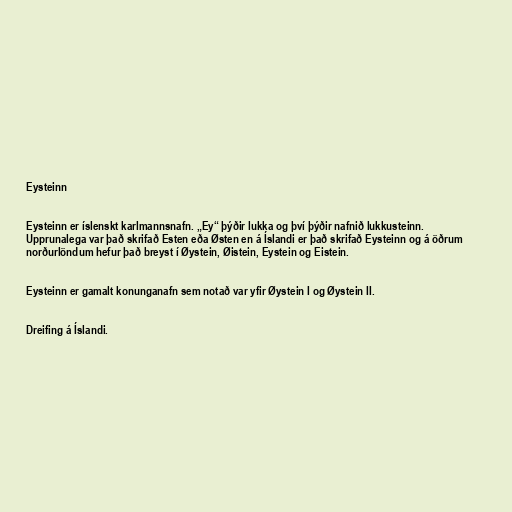
Eysteinn

Eysteinn er íslenskt karlmannsnafn. „Ey“ þýðir lukka og því þýðir nafnið lukkusteinn.
Upprunalega var það skrifað Esten eða Østen en á Íslandi er það skrifað Eysteinn og á öðrum
norðurlöndum hefur það breyst í Øystein, Øistein, Eystein og Eistein.

Eysteinn er gamalt konunganafn sem notað var yfir Øystein I og Øystein II.

Dreifing á Íslandi.